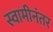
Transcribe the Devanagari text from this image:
स्वामीनंतर